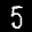
Label: 5